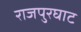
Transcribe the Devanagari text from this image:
राजपुरघाट